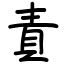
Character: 責